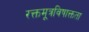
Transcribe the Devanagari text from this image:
रक्तमूत्रविषाक्तता